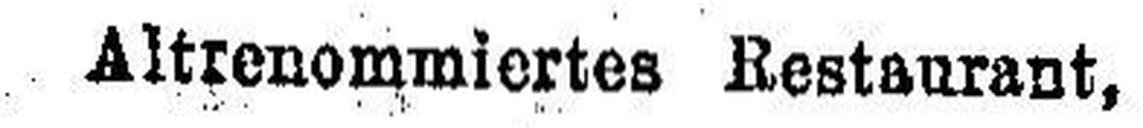
Altrenommiertes Restaurant,